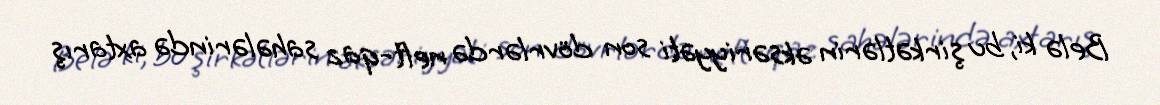
Belə ki, bu şirkətlərin əksəriyyəti son dövrlərdə neft-qaz sahələrində axtarış